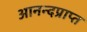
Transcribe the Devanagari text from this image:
आनन्दप्राप्त